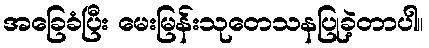
အခြေခံပြီး မေးမြန်းသုတေသနပြုခဲ့တာပါ။